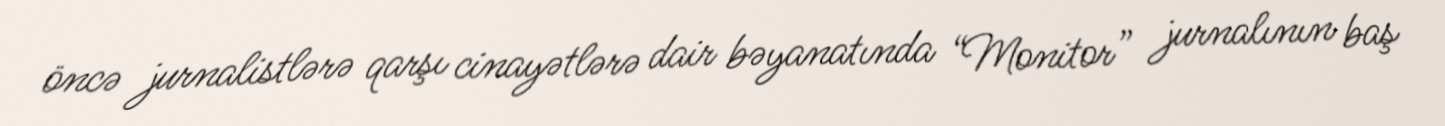
öncə jurnalistlərə qarşı cinayətlərə dair bəyanatında “Monitor” jurnalının baş